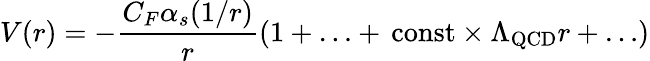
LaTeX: V(r)=-\frac{C_{F}\alpha_{s}(1/r)}{r}\left(1+\ldots+\, \mathrm{const}\times\Lambda_{\mathrm{QCD}}r+\ldots\right)